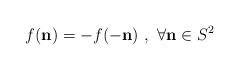
LaTeX: \begin{align*}f(\mathbf{n})=-f(-\mathbf{n})\ ,\ \forall\mathbf{n}\in S^{2}\end{align*}